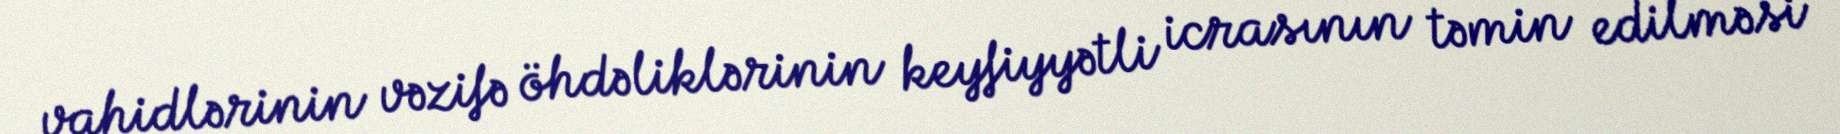
vahidlərinin vəzifə öhdəliklərinin keyfiyyətli icrasının təmin edilməsi